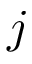
j